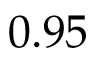
0 . 9 5